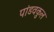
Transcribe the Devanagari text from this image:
पांडवकुल